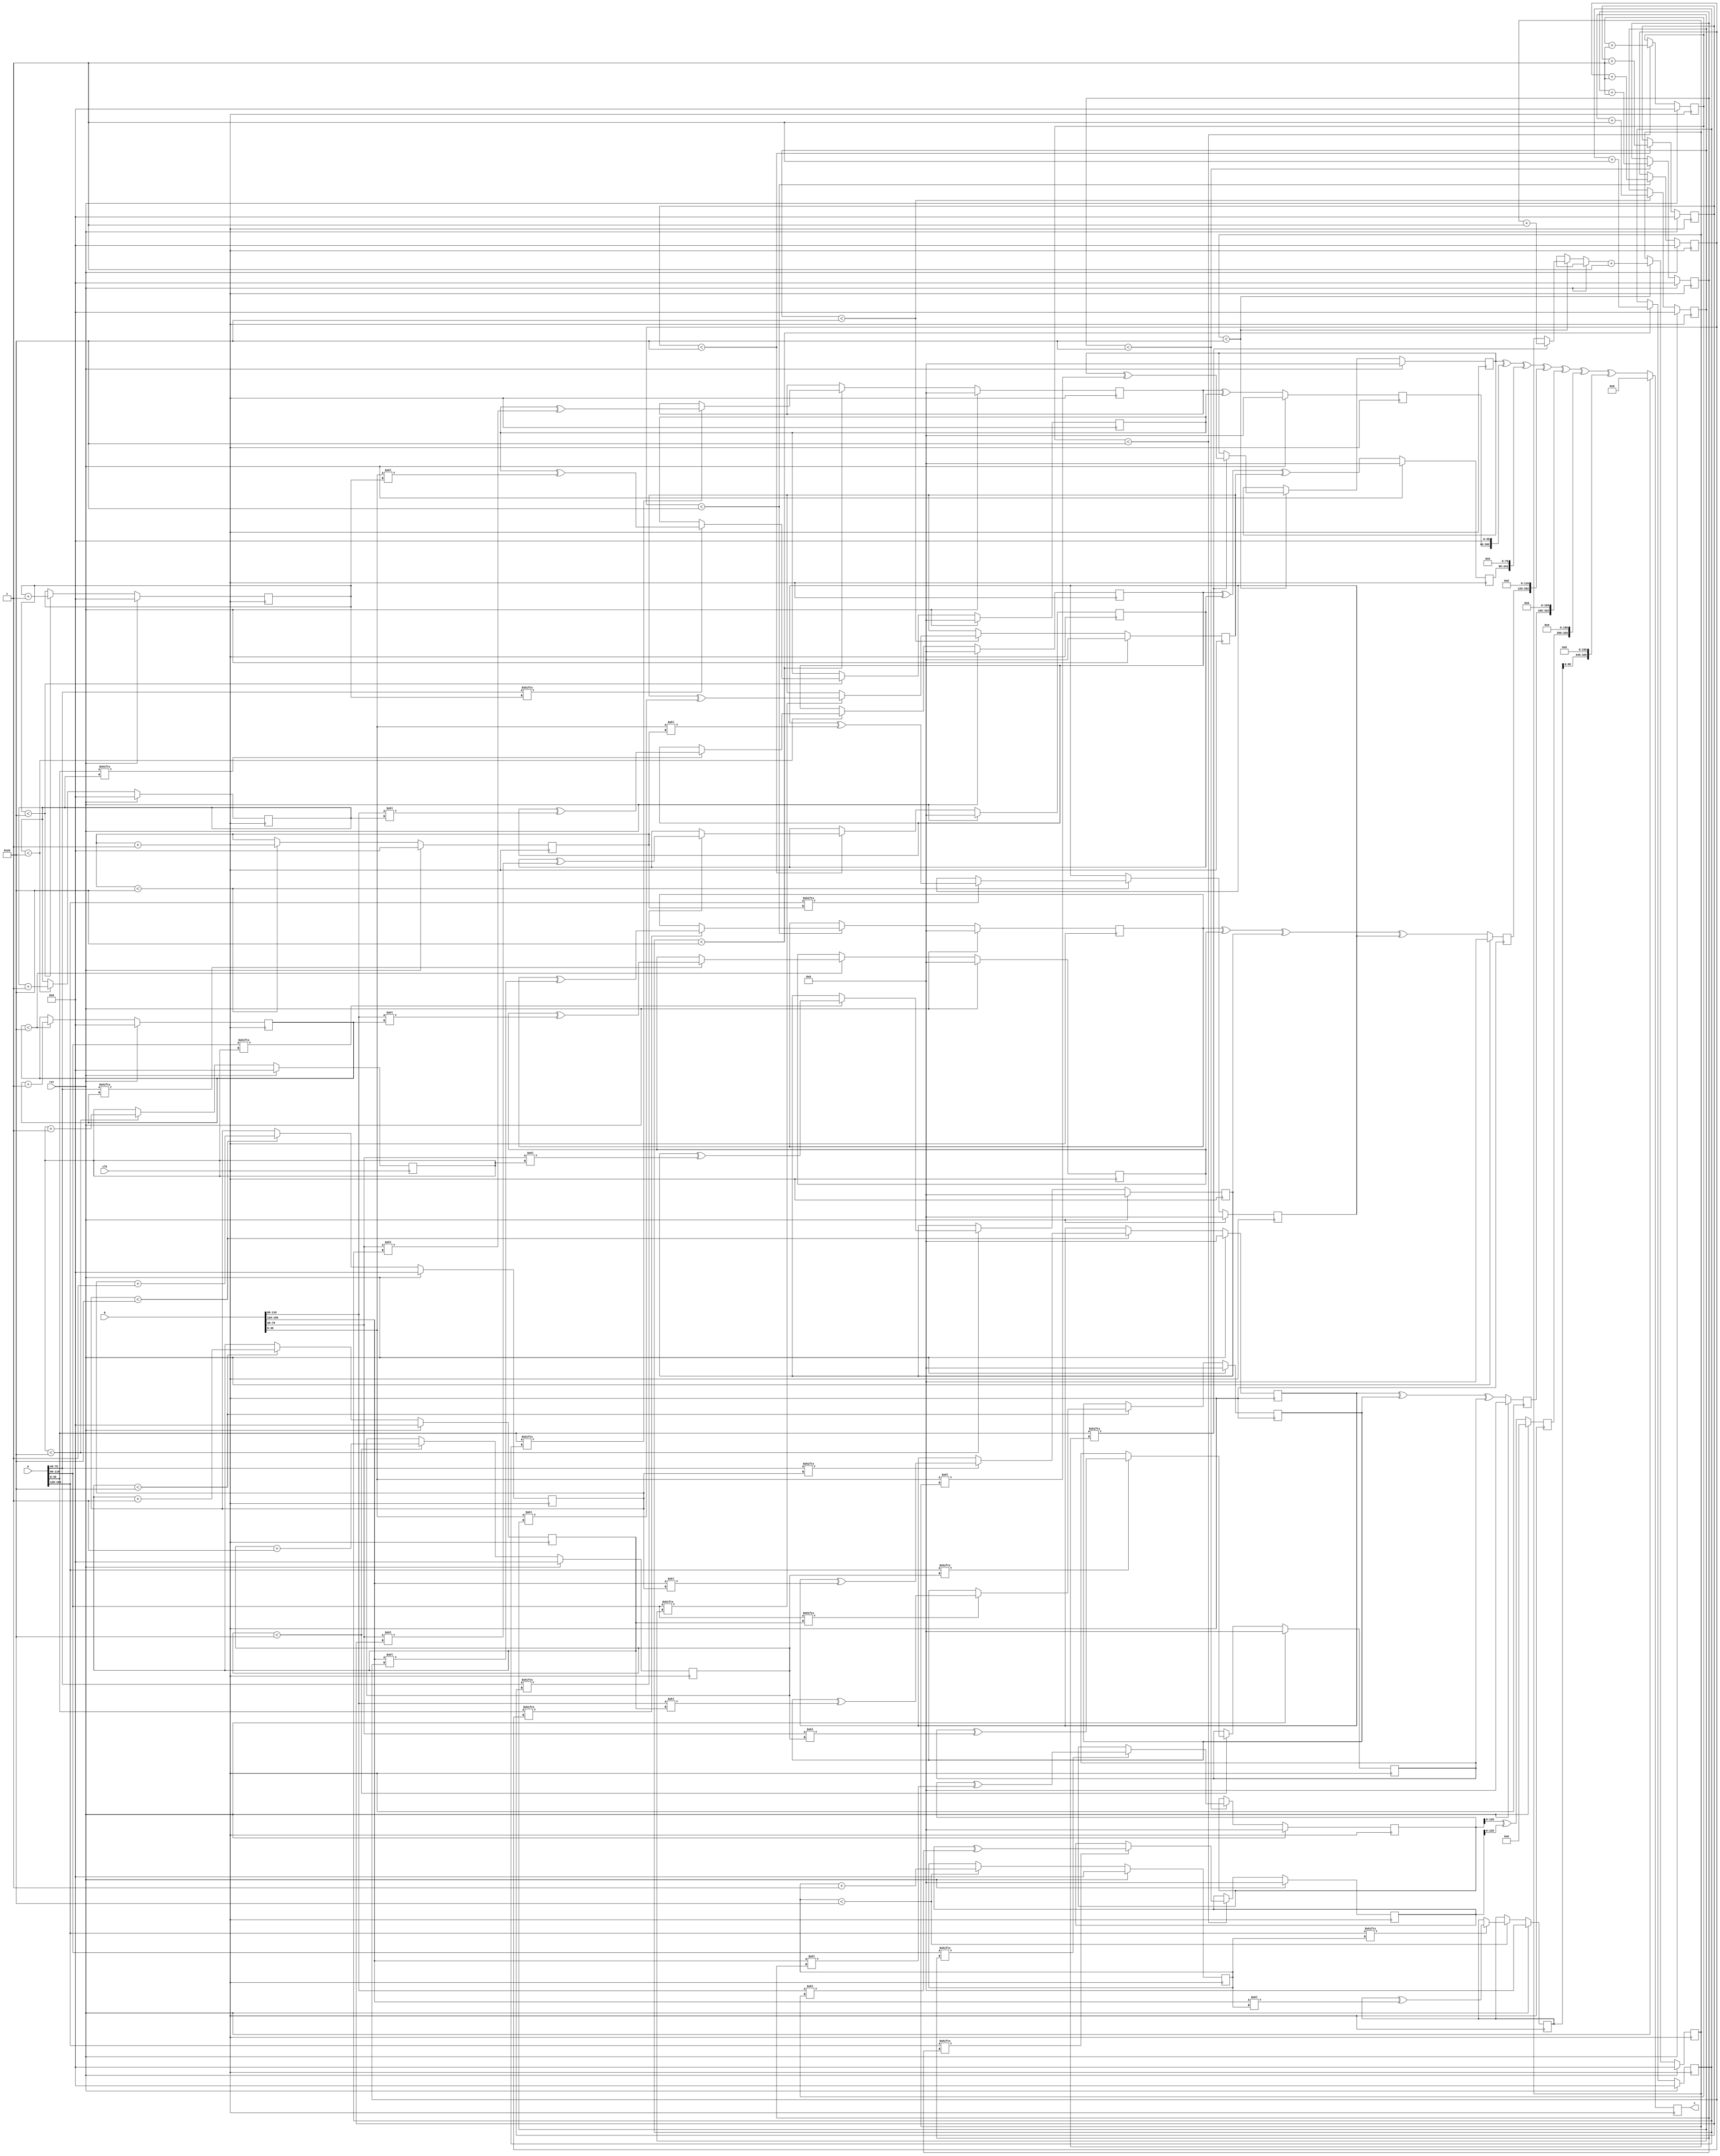
// TalTech large multiplier library
// Multiplier type: four_way_toom_cook
// Parameters: 163 163 1
// Target tool: genus
module four_way_toom_cook(clk, rst, a, b, c);
input clk;
input rst;
input [162:0] a;
input [162:0] b;
output reg [325:0] c;

// Wires declaration 
wire  [39:0] a0;
wire  [39:0] a1;
wire  [39:0] a2;
wire  [39:0] a3;
wire  [39:0] b0;
wire  [39:0] b1;
wire  [39:0] b2;
wire  [39:0] b3;

// Registers declaration 
reg  [39:0] counter_d;
reg  [39:0] counter_e1;
reg  [39:0] counter_e2;
reg  [39:0] counter_f1;
reg  [39:0] counter_f2;
reg  [39:0] counter_f3;
reg  [39:0] counter_g1;
reg  [39:0] counter_g2;
reg  [39:0] counter_g3;
reg  [39:0] counter_g4;
reg  [39:0] counter_h1;
reg  [39:0] counter_h2;
reg  [39:0] counter_h3;
reg  [39:0] counter_i1;
reg  [39:0] counter_i2;
reg  [39:0] counter_j;
reg  [162:0] d;
reg  [162:0] e1_mul;
reg  [162:0] e2_mul;
reg  [162:0] e;
reg  [162:0] f1_mul;
reg  [162:0] f2_mul;
reg  [162:0] f3_mul;
reg  [162:0] f;
reg  [162:0] g1_mul;
reg  [162:0] g2_mul;
reg  [162:0] g3_mul;
reg  [162:0] g4_mul;
reg  [162:0] g;
reg  [162:0] h1_mul;
reg  [162:0] h2_mul;
reg  [162:0] h3_mul;
reg  [162:0] h;
reg  [162:0] i1_mul;
reg  [162:0] i2_mul;
reg  [162:0] i;
reg  [162:0] j;
reg  [325:0] temp;

// Initial assignments to wires
assign a0 = a[39:0];
assign a1 = a[79:40];
assign a2 = a[119:80];
assign a3 = a[159:120];
assign b0 = b[39:0];
assign b1 = b[79:40];
assign b2 = b[119:80];
assign b3 = b[159:120];

// Step-1 of 4-Way TCM Multiplier
always @(posedge clk) begin
		if (rst) begin
			counter_d <= 40'd0;
			d <= 163'd0;
		end
		else if (counter_d < 41) begin
			if (a3[counter_d] == 1'b1) begin
				d <= d ^ (b3 << counter_d);
				counter_d <= counter_d + 1;
			end
				counter_d <= counter_d + 1;
		end
end

// Step-2 (Part-1) of 4-Way TCM Multiplier
always @(posedge clk) begin
		if (rst) begin
			counter_e1 <= 40'd0;
			e1_mul <= 163'd0;
		end
		else if (counter_e1 < 41) begin
			if (a2[counter_e1] == 1'b1) begin
				e1_mul <= e1_mul ^ (b3 << counter_e1);
				counter_e1 <= counter_e1 + 1;
			end
				counter_e1 <= counter_e1 + 1;
		end
end

// Step-2 (Part-2) of 4-Way TCM Multiplier
always @(posedge clk) begin
		if (rst) begin
			counter_e2 <= 40'd0;
			e2_mul <= 163'd0;
		end
		else if (counter_e2 < 41) begin
			if (a3[counter_e1] == 1'b1) begin
				e2_mul <= e2_mul ^ (b2 << counter_e2);
				counter_e2 <= counter_e2 + 1;
			end
				counter_e2 <= counter_e2 + 1;
		end
end

// Step-2 (Part-3) of 4-Way TCM Multiplier
always @(posedge clk) begin
		if (rst) begin
			e <= 163'd0;
		end
		else begin
			e <= e1_mul ^ e2_mul; 
		end
end

// Step-3 (Part-1) of 4-Way TCM Multiplier
always @(posedge clk) begin
		if (rst) begin
			counter_f1 <= 40'd0;
			f1_mul <= 163'd0;
		end
		else if (counter_f1 < 41) begin
			if (a1[counter_f1] == 1'b1) begin
				f1_mul <= f1_mul ^ (b3 << counter_f1);
				counter_f1 <= counter_f1 + 1;
			end
				counter_f1 <= counter_f1 + 1;
		end
end

// Step-3 (Part-2) of 4-Way TCM Multiplier
always @(posedge clk) begin
		if (rst) begin
			counter_f2 <= 40'd0;
			f2_mul <= 163'd0;
		end
		else if (counter_f2 < 41) begin
			if (a2[counter_f2] == 1'b1) begin
				f2_mul <= f2_mul ^ (b2 << counter_f2);
				counter_f2 <= counter_f2 + 1;
			end
				counter_f2 <= counter_f2 + 1;
		end
end

// Step-3 (Part-3) of 4-Way TCM Multiplier
always @(posedge clk) begin
		if (rst) begin
			counter_f3 <= 40'd0;
			f3_mul <= 163'd0;
		end
		else if (counter_f3 < 41) begin
			if (a3[counter_f3] == 1'b1) begin
				f3_mul <= f3_mul ^ (b1 << counter_f3);
				counter_f3 <= counter_f3 + 1;
			end
				counter_f3 <= counter_f3 + 1;
		end
end

// Step-3 (Part-4) of 4-Way TCM Multiplier
always @(posedge clk) begin
		if (rst) begin
			f <= 163'd0;
		end
		else begin
			f <= f1_mul ^ f2_mul ^ f3_mul; 
		end
end

// Step-4 (Part-1) of 4-Way TCM Multiplier
always @(posedge clk) begin
		if (rst) begin
			counter_g1 <= 40'd0;
			g1_mul <= 163'd0;
		end
		else if (counter_g1 < 41) begin
			if (a0[counter_g1] == 1'b1) begin
				g1_mul <= g1_mul ^ (b3 << counter_g1);
				counter_g1 <= counter_g1 + 1;
			end
				counter_g1 <= counter_g1 + 1;
		end
end

// Step-4 (Part-2) of 4-Way TCM Multiplier
always @(posedge clk) begin
		if (rst) begin
			counter_g2 <= 40'd0;
			g2_mul <= 163'd0;
		end
		else if (counter_g2 < 41) begin
			if (a1[counter_g2] == 1'b1) begin
				g2_mul <= g2_mul ^ (b2 << counter_g2);
				counter_g2 <= counter_g2 + 1;
			end
				counter_g2 <= counter_g2 + 1;
		end
end

// Step-4 (Part-3) of 4-Way TCM Multiplier
always @(posedge clk) begin
		if (rst) begin
			counter_g3 <= 40'd0;
			g3_mul <= 163'd0;
		end
		else if (counter_g3 < 41) begin
			if (a2[counter_g3] == 1'b1) begin
				g3_mul <= g3_mul ^ (b1 << counter_g3);
				counter_g3 <= counter_g3 + 1;
			end
				counter_g3 <= counter_g3 + 1;
		end
end

// Step-4 (Part-4) of 4-Way TCM Multiplier
always @(posedge clk) begin
		if (rst) begin
			counter_g4 <= 40'd0;
			g4_mul <= 163'd0;
		end
		else if (counter_g4 < 41) begin
			if (a3[counter_g4] == 1'b1) begin
				g4_mul <= g4_mul ^ (b0 << counter_g4);
				counter_g4 <= counter_g4 + 1;
			end
				counter_g4 <= counter_g4 + 1;
		end
end

// Step-4 (Part-5) of 4-Way TCM Multiplier
always @(posedge clk) begin
		if (rst) begin
			g <= 163'd0;
		end
		else begin
			g <= g1_mul ^ g2_mul ^ g3_mul ^ g4_mul; 
		end
end

// Step-5 (Part-1) of 4-Way TCM Multiplier
always @(posedge clk) begin
		if (rst) begin
			counter_h1 <= 40'd0;
			h1_mul <= 163'd0;
		end
		else if (counter_h1 < 41) begin
			if (a0[counter_h1] == 1'b1) begin
				h1_mul <= h1_mul ^ (b2 << counter_h1);
				counter_h1 <= counter_h1 + 1;
			end
				counter_h1 <= counter_h1 + 1;
		end
end

// Step-5 (Part-2) of 4-Way TCM Multiplier
always @(posedge clk) begin
		if (rst) begin
			counter_h2 <= 40'd0;
			h2_mul <= 163'd0;
		end
		else if (counter_h2 < 41) begin
		if (a1[counter_h2] == 1'b1) begin
			h2_mul <= h2_mul ^ (b1 << counter_h2);
			counter_h2 <= counter_h2 + 1;
		end
			counter_h2 <= counter_h2 + 1;
		end
end

// Step-5 (Part-3) of 4-Way TCM Multiplier
always @(posedge clk) begin
		if (rst) begin
			counter_h3 <= 40'd0;
			h3_mul <= 163'd0;
		end
		else if (counter_h3 < 41) begin
			if (a2[counter_h3] == 1'b1) begin
				h3_mul <= h3_mul ^ (b0 << counter_h3);
				counter_h3 <= counter_h3 + 1;
			end
				counter_h3 <= counter_h3 + 1;
		end
end

// Step-5 (Part-4) of 4-Way TCM Multiplier
always @(posedge clk) begin
		if (rst) begin
			h <= 163'd0;
		end
		else begin
			h <= h1_mul ^ h2_mul ^ h3_mul; 
		end
end

// Step-6 (Part-1) of 4-Way TCM Multiplier
always @(posedge clk) begin
		if (rst) begin
			counter_i1 <= 40'd0;
			i1_mul <= 163'd0;
		end
		else if (counter_i1 < 41) begin
			if (a0[counter_i1] == 1'b1) begin
				i1_mul <= i2_mul ^ (b1 << counter_i1);
				counter_i1 <= counter_i1 + 1;
			end
				counter_i1 <= counter_i1 + 1;
		end
end

// Step-6 (Part-2) of 4-Way TCM Multiplier
always @(posedge clk) begin
		if (rst) begin
			counter_i2 <= 40'd0;
			i2_mul <= 163'd0;
		end
		else if (counter_i2 < 41) begin
			if (a1[counter_i2] == 1'b1) begin
				i2_mul <= i2_mul ^ (b0 << counter_i2);
				counter_i2 <= counter_i2 + 1;
			end
				counter_i2 <= counter_i2 + 1;
		end
end

// Step-6 (Part-3) of 4-Way TCM Multiplier
always @(posedge clk) begin
		if (rst) begin
			i <= 163'd0;
		end
		else begin
			i <= i1_mul ^ i2_mul; 
		end
end

// Step-7 of 4-Way TCM Multiplier
always @(posedge clk) begin
		if (rst) begin
			counter_j = 40'd0;
			j = 163'd0;
		end
		else if (counter_j < 41) begin
			if (a0[counter_j] == 1'b1) begin
				j = j ^ (b0 << counter_j);
				counter_j = counter_j + 1;
			end
				counter_j = counter_j + 1;
		end
end

// Step-8 of 4-Way TCM Multiplier
always @(posedge clk) begin
		if (rst) begin
			temp = 326'd0;
			c = 326'd0;
		end
		else begin
			temp = j;
			temp = temp ^ (i << 40);
			temp = temp ^ (h << 80);
			temp = temp ^ (g << 120);
			temp = temp ^ (f << 160);
			temp = temp ^ (e << 200);
			temp = temp ^ (d << 240);
			c = temp;
		end
end
endmodule